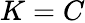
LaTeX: K=C